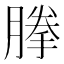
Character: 𰯈